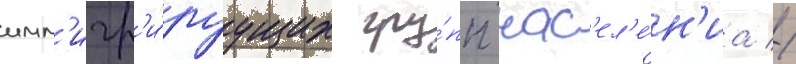
имм'игр'и́руущих гру́пп нас'ел'е́н'иа //